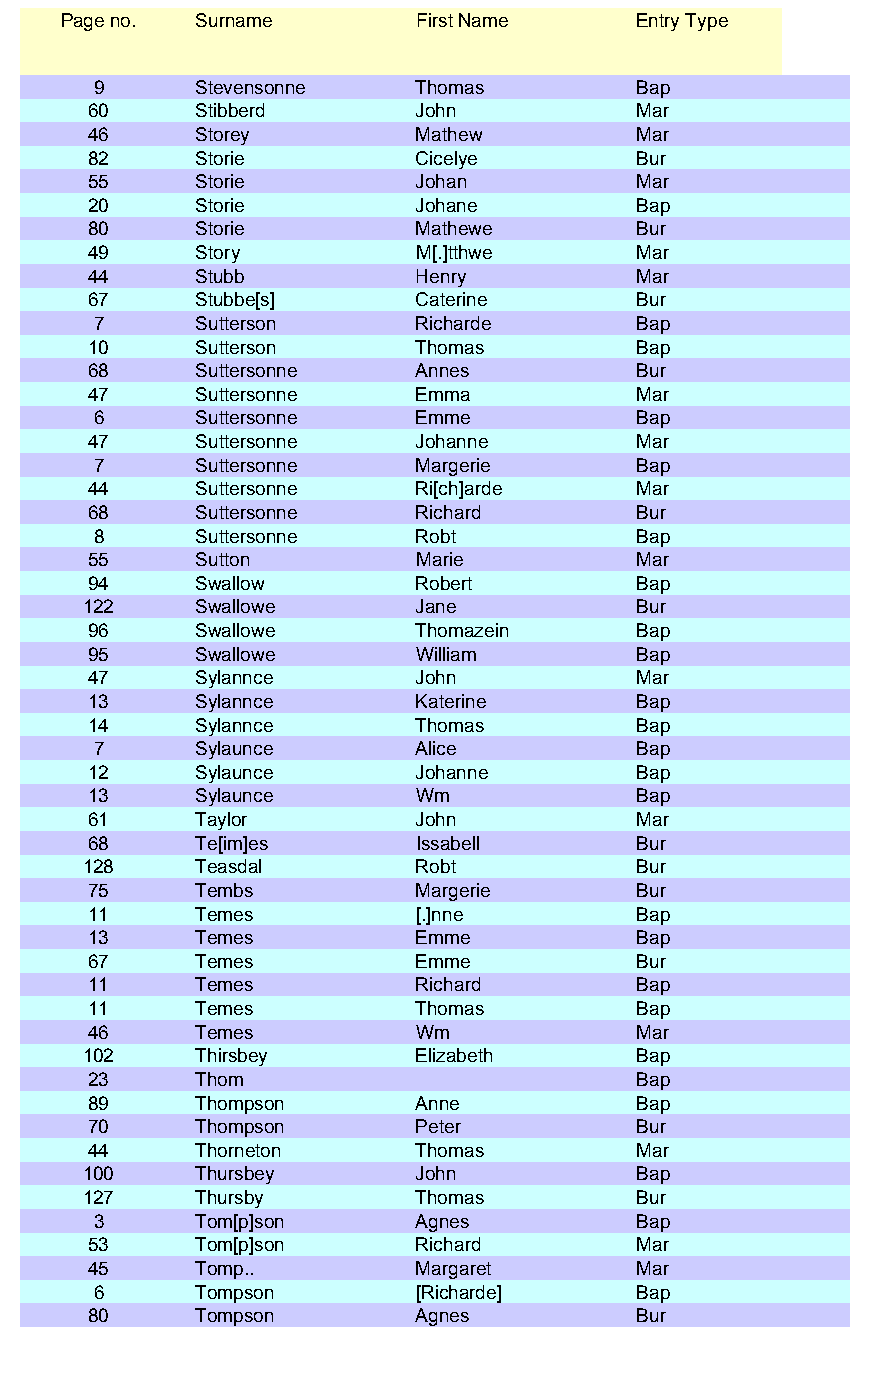
Page no. Surname        First Name    Entry Type
 9     Stevensonne    Thomas        Bap
 60     Stibberd       John          Mar
 46     Storey         Mathew        Mar
 82     Storie         Cicelye       Bur
 55     Storie         Johan         Mar
 20     Storie         Johane        Bap
 80     Storie         Mathewe       Bur
 49     Story          M[.]tthwe     Mar
 44     Stubb          Henry         Mar
 67     Stubbe[s]      Caterine      Bur
 7     Sutterson      Richarde      Bap
 10     Sutterson      Thomas        Bap
 68     Suttersonne    Annes         Bur
 47     Suttersonne    Emma          Mar
 6     Suttersonne    Emme          Bap
 47     Suttersonne    Johanne       Mar
 7     Suttersonne    Margerie      Bap
 44     Suttersonne    Ri[ch]arde    Mar
 68     Suttersonne    Richard       Bur
 8     Suttersonne    Robt          Bap
 55     Sutton         Marie         Mar
 94     Swallow        Robert        Bap
 122    Swallowe       Jane          Bur
 96     Swallowe       Thomazein     Bap
 95     Swallowe       William       Bap
 47     Sylannce       John          Mar
 13     Sylannce       Katerine      Bap
 14     Sylannce       Thomas        Bap
 7     Sylaunce       Alice         Bap
 12     Sylaunce       Johanne       Bap
 13     Sylaunce       Wm            Bap
 61     Taylor         John          Mar
 68     Te[im]es       Issabell      Bur
 128    Teasdal        Robt          Bur
 75     Tembs          Margerie      Bur
 11     Temes          [.]nne        Bap
 13     Temes          Emme          Bap
 67     Temes          Emme          Bur
 11     Temes          Richard       Bap
 11     Temes          Thomas        Bap
 46     Temes          Wm            Mar
 102    Thirsbey       Elizabeth     Bap
 23     Thom                         Bap
 89     Thompson       Anne          Bap
 70     Thompson       Peter         Bur
 44     Thorneton      Thomas        Mar
 100    Thursbey       John          Bap
 127    Thursby        Thomas        Bur
 3     Tom[p]son      Agnes         Bap
 53     Tom[p]son      Richard       Mar
 45     Tomp..         Margaret      Mar
 6     Tompson        [Richarde]    Bap
 80     Tompson        Agnes         Bur